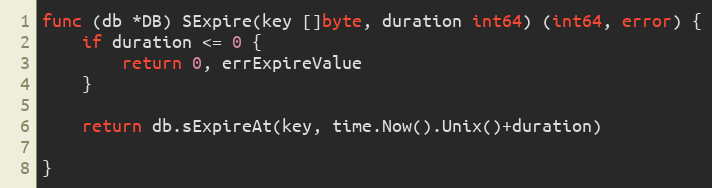
Language: Go
func (db *DB) SExpire(key []byte, duration int64) (int64, error) {
	if duration <= 0 {
		return 0, errExpireValue
	}

	return db.sExpireAt(key, time.Now().Unix()+duration)

}